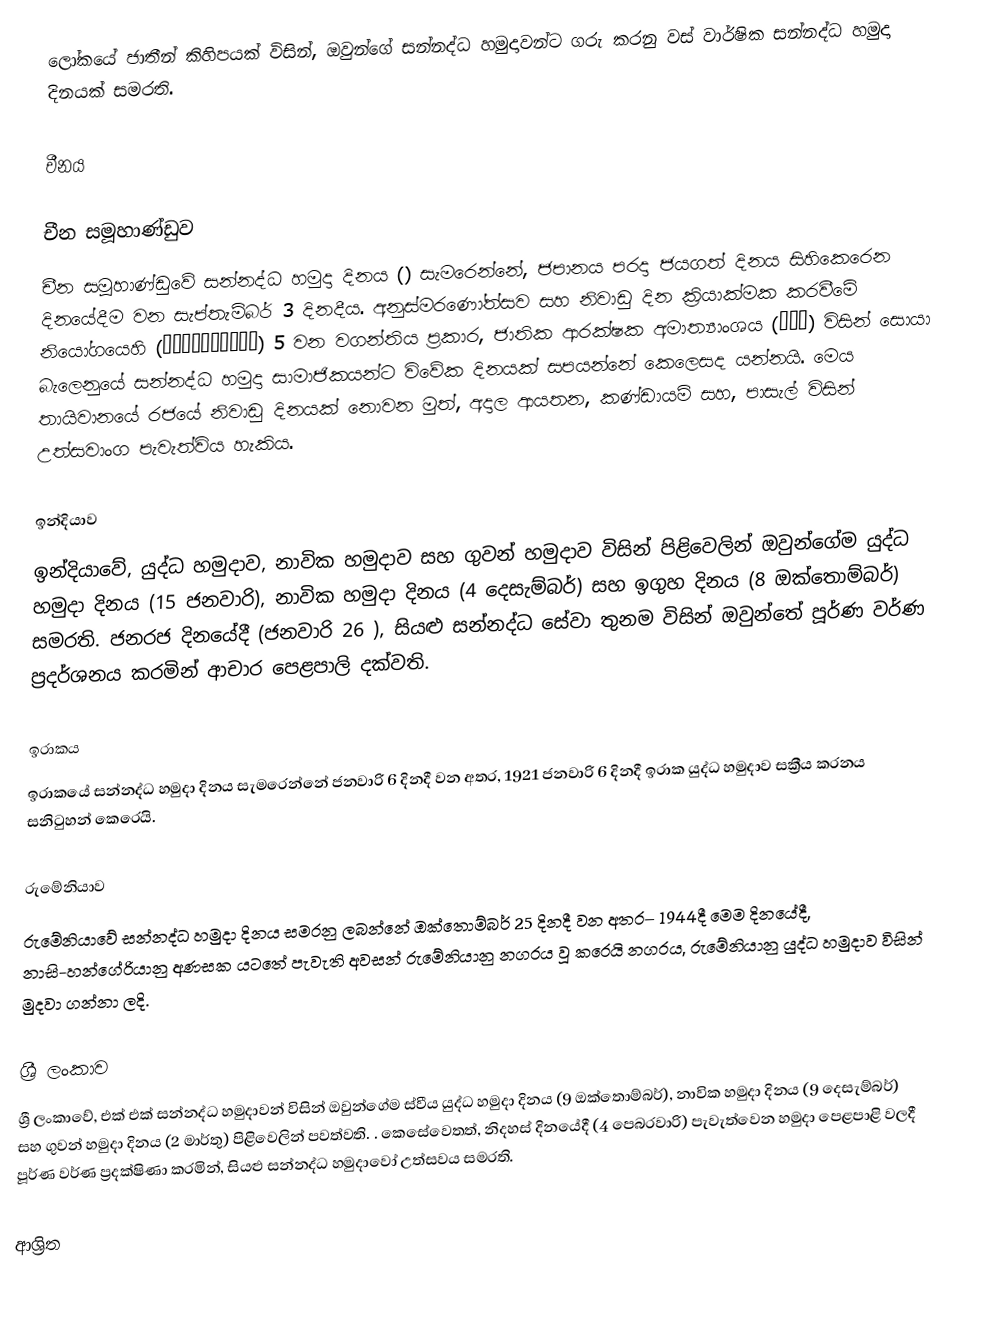
ලෝකයේ ජාතීන් කිහිපයක් විසින්, ඔවුන්ගේ  සන්නද්ධ හමුදාවන්ට ගරු කරනු වස් වාර්ෂික සන්නද්ධ හමුදා දිනයක් සමරති.

චීනය

චීන සමූහාණ්ඩුව
චීන සමූහාණ්ඩුවේ  සන්නද්ධ හමුදා දිනය () සැමරෙන්නේ,  ජපානය පරදා ජයගත් දිනය සිහිකෙරෙන දිනයේදීම වන සැප්තැම්බර් 3 දිනදීය. අනුස්මරණෝත්සව සහ නිවාඩු දින ක්‍රියාක්මක කරවීමේ නියෝගයෙහි (紀念日及節日實施辦法) 5 වන වගන්තිය ප්‍රකාර, ජාතික ආරක්ෂක අමාත්‍යාංශය (國防部) විසින් සොයා බැලෙනුයේ  සන්නද්ධ හමුදා සාමාජිකයන්ට විවේක දිනයක් සපයන්නේ කෙලෙසද යන්නයි. මෙය තායිවානයේ රජයේ නිවාඩු දිනයක් නොවන මුත්, අදාල ආයතන, කණ්ඩායම් සහ, පාසැල් විසින් උත්සවාංග පැවැත්විය හැකිය.

ඉන්දියාව
ඉන්දියාවේ, යුද්ධ හමුදාව, නාවික හමුදාව සහ ගුවන් හමුදාව විසින් පිළිවෙලින් ඔවුන්ගේම යුද්ධ හමුදා දිනය (15 ජනවාරි), නාවික හමුදා දිනය (4 දෙසැම්බර්) සහ ඉගුහ දිනය (8 ඔක්තොම්බර්) සමරති. ජනරජ දිනයේදී (ජනවාරි 26 ), සියළු සන්නද්ධ සේවා තුනම විසින් ඔවුන්තේ පූර්ණ වර්ණ ප්‍රදර්ශනය කරමින් ආචාර පෙළපාලි දක්වති.

ඉරාකය
ඉරාකයේ සන්නද්ධ හමුදා දිනය සැමරෙන්නේ ජනවාරි 6 දිනදී වන අතර, 1921 ජනවාරි 6 දිනදී ඉරාක යුද්ධ හමුදාව සක්‍රීය කරනය සනිටුහන් කෙරෙයි.

රුමේනියාව
රුමේනියාවේ සන්නද්ධ හමුදා දිනය සමරනු ලබන්නේ ඔක්තොම්බර් 25 දිනදී වන අතර– 1944දී  මෙම දිනයේදී, නාසි-හන්ගේරියානු අණසක යටතේ පැවැති අවසන් රුමේනියානු නගරය වූ  කරෙයි නගරය, රුමේනියානු යුද්ධ හමුදාව විසින් මුදවා ගන්නා ලදි.

ශ්‍රී ලංකාව
ශ්‍රී ලංකාවේ, එක් එක් සන්නද්ධ හමුදාවන් විසින් ඔවුන්ගේම ස්වීය යුද්ධ හමුදා දිනය (9 ඔක්තොම්බර්), නාවික හමුදා දිනය (9 දෙසැම්බර්) සහ ගුවන් හමුදා දිනය (2 මාර්තු) පිළිවෙලින් පවත්වති. . කෙසේවෙතත්,  නිදහස් දිනයේදී (4 පෙබරවාරි) පැවැත්වෙන හමුදා පෙළපාළි වලදී පූර්ණ වර්ණ ප්‍රදක්ෂිණා කරමින්, සියළු සන්නද්ධ හමුදාවෝ උත්සවය සමරති.

ආශ්‍රිත